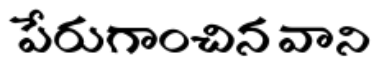
పేరుగాంచిన వాని